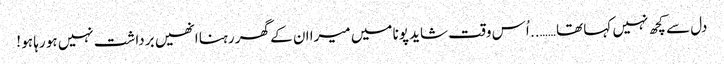
دل سے کچھ نہیں کہا تھا …….. اُس وقت شاید پونا میں میرا ان کے گھر رہنا انھیں برداشت نہیں ہو رہا ہو !